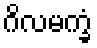
ဂိလမက္ခံ